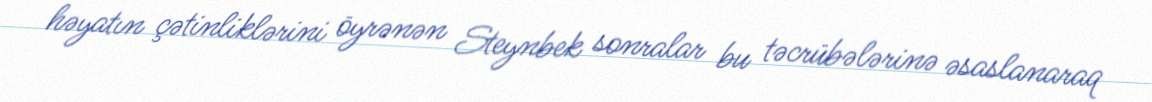
həyatın çətinliklərini öyrənən Steynbek sonralar bu təcrübələrinə əsaslanaraq